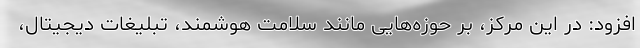
افزود: در این مرکز، بر حوزه‌هایی مانند سلامت هوشمند، تبلیغات دیجیتال،